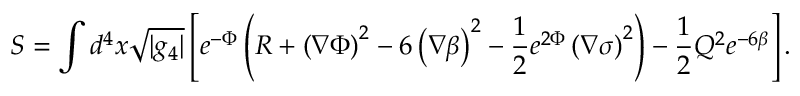
S = \int d ^ { 4 } x \sqrt { | g _ { 4 } | } \left[ e ^ { - \Phi } \left( R + \left( \nabla \Phi \right) ^ { 2 } - 6 \left( \nabla \beta \right) ^ { 2 } - \frac { 1 } { 2 } e ^ { 2 \Phi } \left( \nabla \sigma \right) ^ { 2 } \right) - \frac { 1 } { 2 } Q ^ { 2 } e ^ { - 6 \beta } \right] .